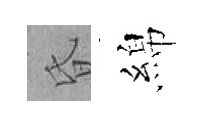
昏綿